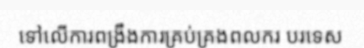
ទៅលើការពង្រឹងការគ្រប់គ្រងពលករ បរទេស